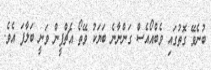
ބުނެވޭ ގޮތުގައި ވެބްއޯއެސް ގަންނާނެ ބަޔަކު ވޭތޯ އެޗްޕީން ވަނީ ބަލާފަ އެވެ.